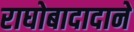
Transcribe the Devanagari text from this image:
राघोबादादाने